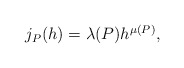
\begin{align*} \begin{aligned}j_P(h)=\lambda(P)h^{\mu(P)}, \end{aligned} \end{align*}